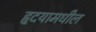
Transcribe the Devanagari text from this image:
हृदयामधील